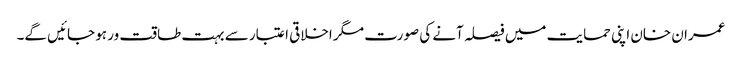
عمران خان اپنی حمایت میں فیصلہ آنے کی صورت مگر اخلاقی اعتبار سے بہت طاقت ور ہو جائیں گے۔